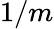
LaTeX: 1/m